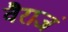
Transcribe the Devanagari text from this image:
वैराजं